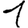
Digit: 1